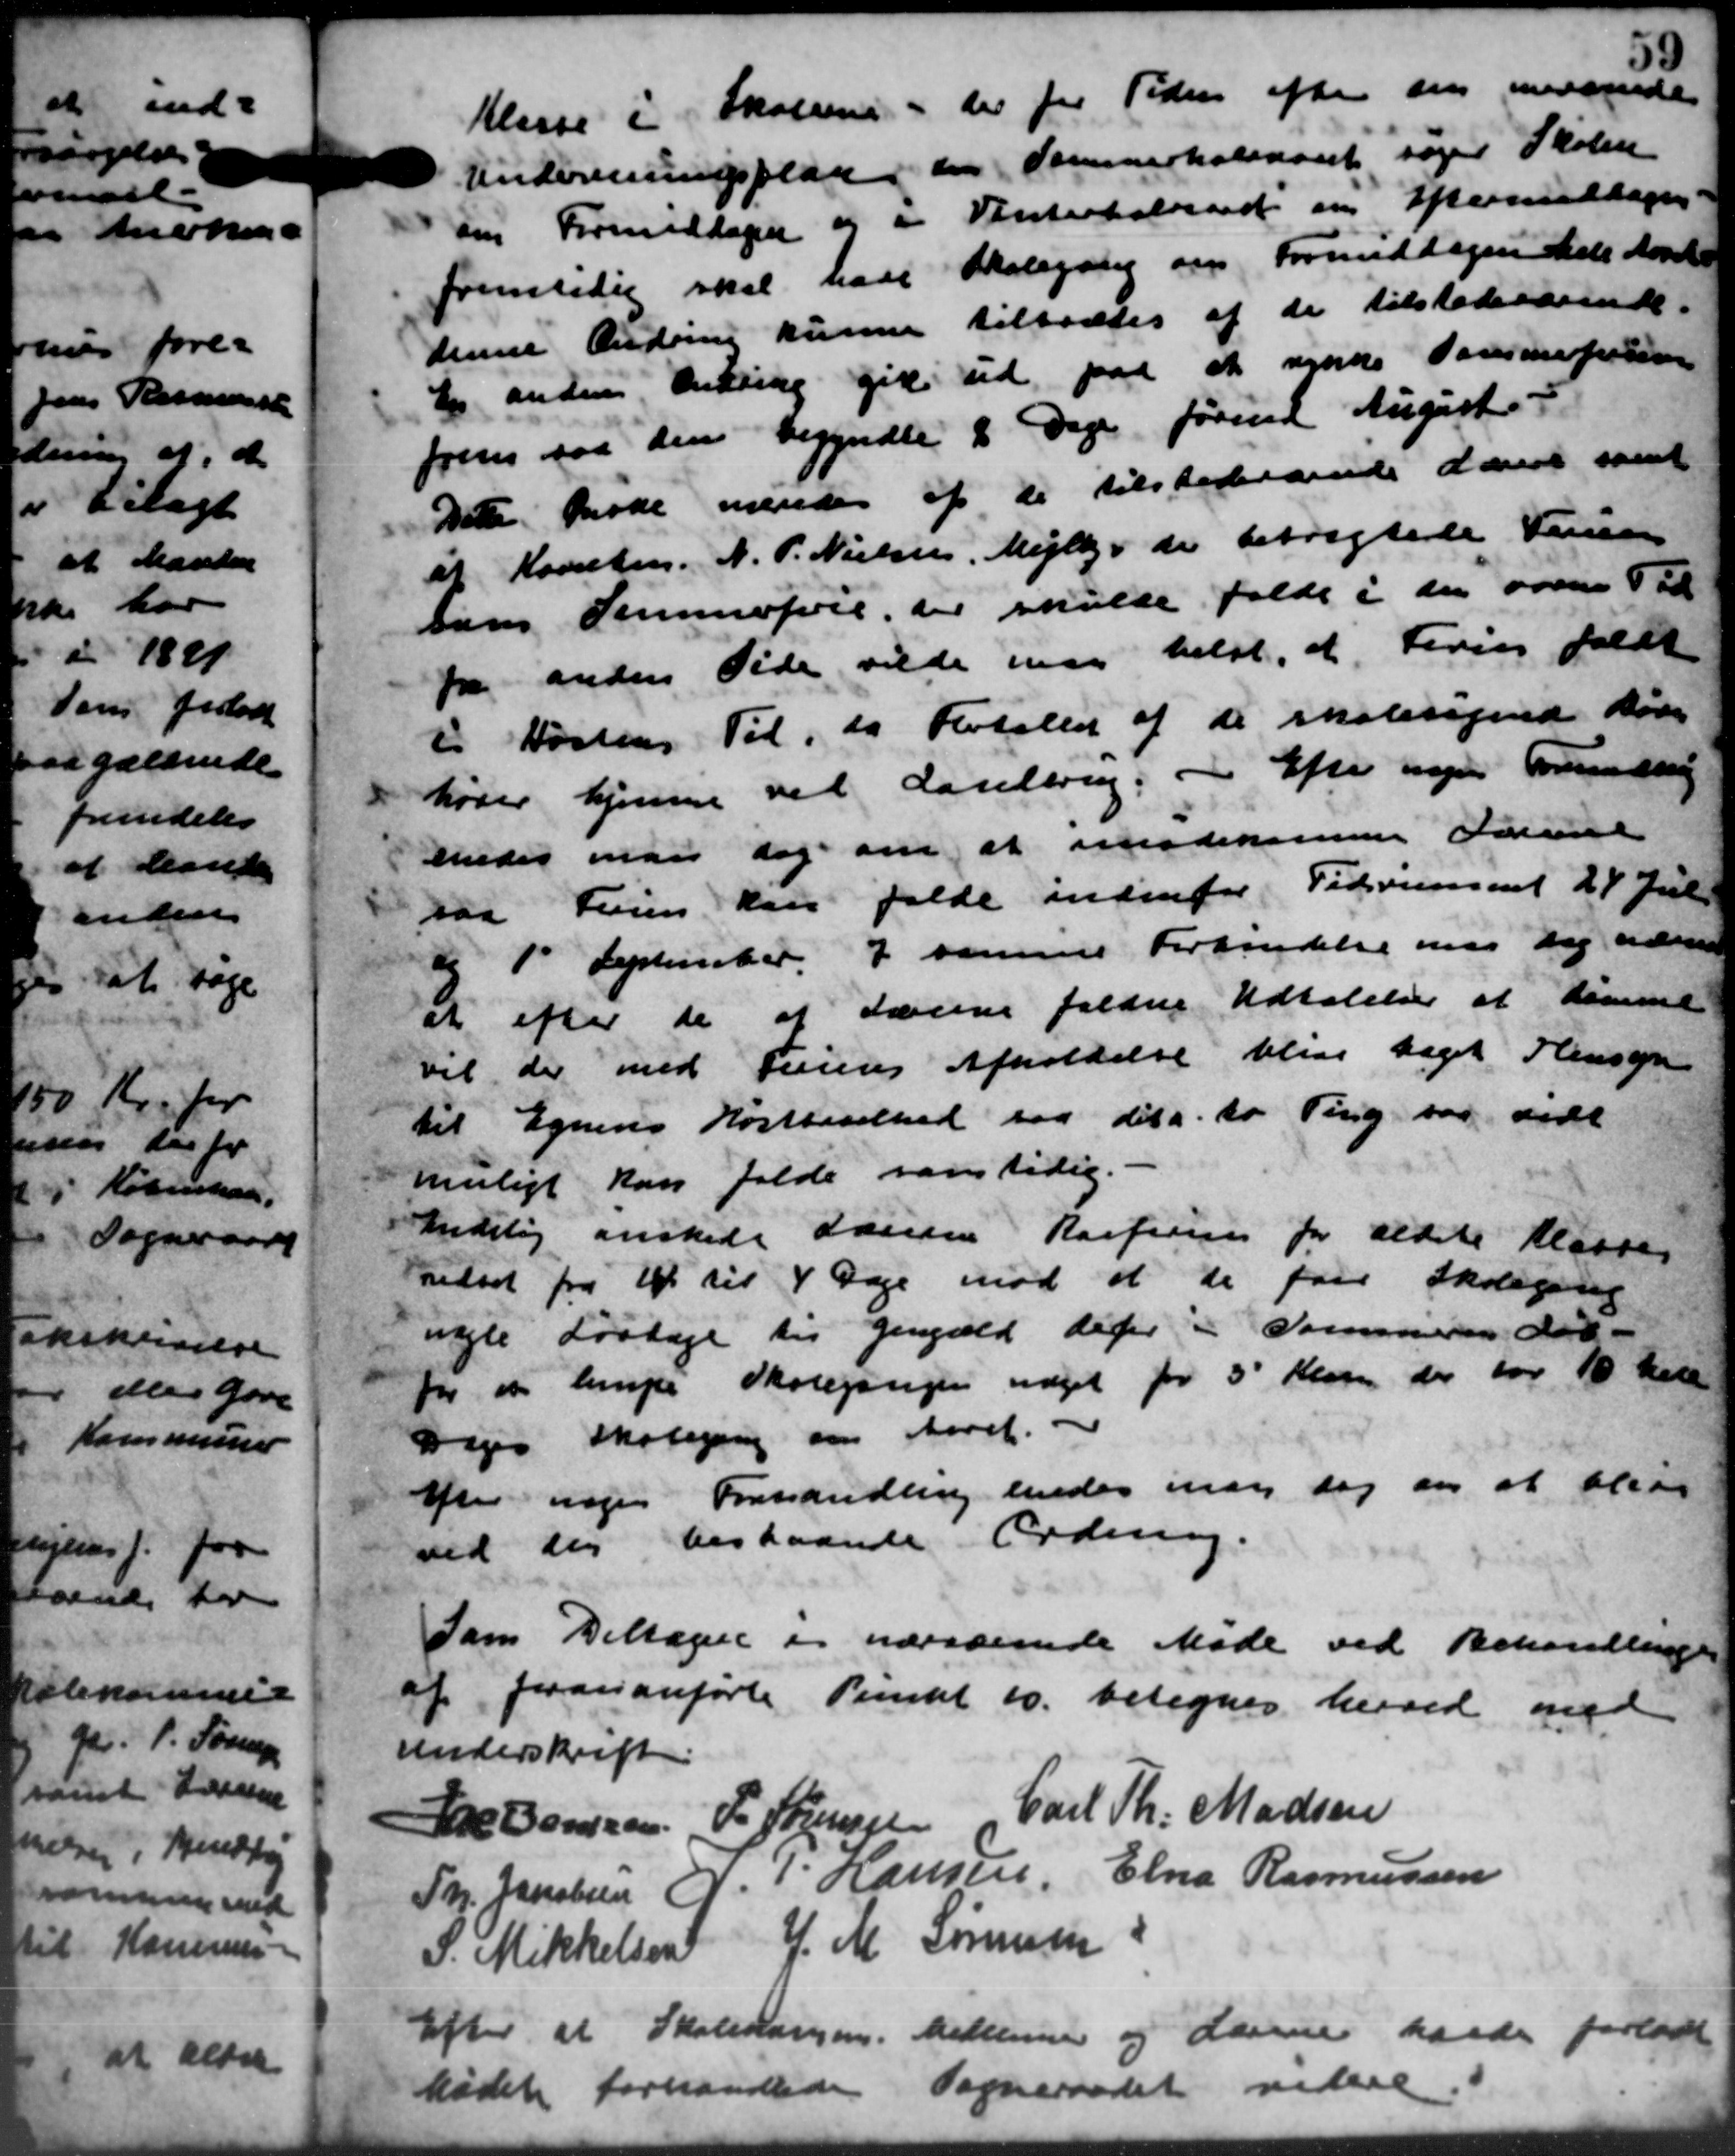
Transskription:
Klasse i Skolerne - der for Tiden efter sin merende
Undersningsplan en Sommerkoleaaret søge Skolen
om Formiddagen og i Vinterhalvard om Eftermedtages
fremtidig skal have Skolegang om Formiddagen dels Aaret
denne Ændring kunne tilladtes af de tilstedeværende.
En anden Ændring gik ud paa at nynde Sammeforsen
frem saa den begyndte 2 Dage førende August
Dette havde næredes af de tilstedersende Lærere samt
af Kørselen. N. P. Nielsen, Mejlby de betragtede Ferie
sons Sammefrie der skulde falde i den over 5 Td
fra anden Side vilde maa helst, at Ferier faldt
i Høstens Til, da Fortallet af de skabesignede Børn
høver hjemmer ved Laselbrug. Efter nogen Formanden
Under man dag om at imødekomme Foranl
paa Føren Hans falde indenfor Tidsrummet 24 Juli
og 1 September 7 sammer Forhandelse om sig udred
at efter de af Lærerne faldne Udtalelser at Komme
vil der med Ferieres Afholdelse blive taget Hensyn
til Egnens Høstbeselhed paa dets to Ting var vedt
muligt kan falde samtidig. -
Andelig ønskede Læreren Rarfien for ældste Klasser
nedsat fra 1 til 4 Dage mod at de føre Skolegerig
nogle Lørtage til Gengæld deter i Sommeren der
for et lempe Skolegangen udget for 5' Klage der for 10 Krne
Diges Skolegang om Aaret.
Efter nogen Forhandling sender man dog en at blive
ved der bestaaende Ordning.
Som Deltagene i nærværende Møde ved Behandlingen
af Jean anførte Punkt 10. betegnes herved med
underskrift.
Ths. Hansen
P. Sørensen
Carl Th. Madsen
Th. Jacobsen
N. P. Hansen,
Elna Rasmussen
S. Mikkelsen
J. M. Sørensen
Efter at Skolevængen. Medlemmer og Lærerne havde forladt
Mødet forhandlede Sogneraadet videre